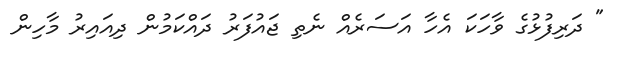
" ދަރިފުޅުގެ ވާހަކަ އެހާ އަސަރެއް ނެތި ޖައުފަރު ދައްކަމުން ދިއައިރު މާހިން